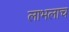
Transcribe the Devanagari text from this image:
लाभलाच